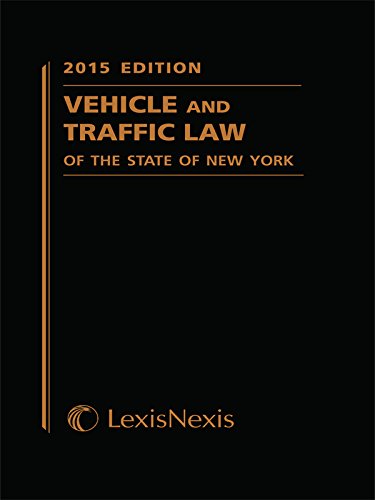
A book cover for Vehicle and Traffic Law of the State of New York (2015 Softcover Edition) (Vehicle and Traffic Law of New York); Publisher's Editorial Staff; Law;